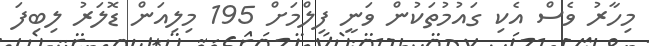
މިހާރު ވެސް އެކި ގައުމުތަކުން ވަނީ ފިލްމަށް 195 މިލިއަން ޑޮލަރު ލިބިފަ